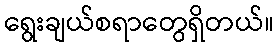
ရွေးချယ်စရာတွေရှိတယ်။